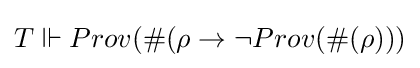
T\Vdash Prov(\#(\rho \rightarrow \neg Prov(\#(\rho )))